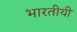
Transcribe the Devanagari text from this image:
भारतीयी